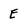
Character: E